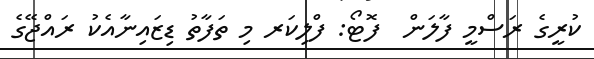
ކުރީގެ ރަސްމީ ފާލަން  ފޮޓޯ: ފްލިކަރ މި ތަފާތު ޑިޒައިނާއެކު ރައްޖޭގެ